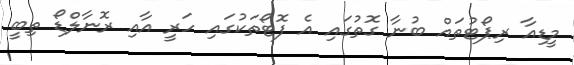
މީޑިއާ ރިޕޯޓުތައް ބުނާ ގޮތުގައި އެ ފޮޓޯތަކުގައި ހަރީ އާއި ރޮނާލްޑޯ ތިބީ